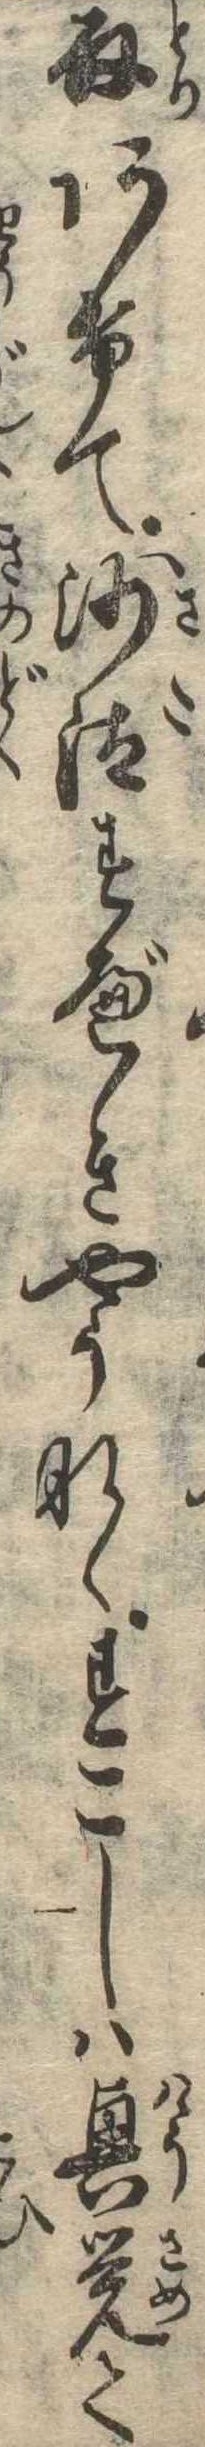
取あけて沙汰すべきやうなくすこしは興覚て